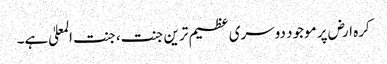
کرہ ارض پر موجود دوسری عظیم ترین جنت، جنت المعلیٰ ہے۔